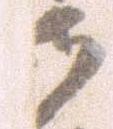
御